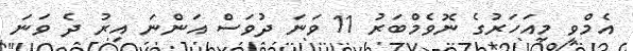
އެމްވީ މިއަހަރުގެ ނޮވެމްބަރު 11 ވަނަ ދުވަސް އަންނަ އިރު ދެ ވަނަ